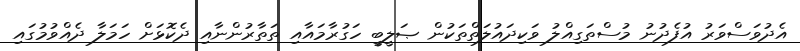
އެދުވަސްވަރު އުފެދުނު މުސްތަގިއްލު ވަކިދައުލަތްތަކުން ޞަލީބީ ހަގުރާމައާއި ތަތާރުންނާއި ދެކޮޅަށް ހަމަލާ ދެއްވުމުގައި